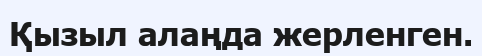
Қызыл алаңда жерленген.